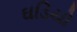
ઘડિયો